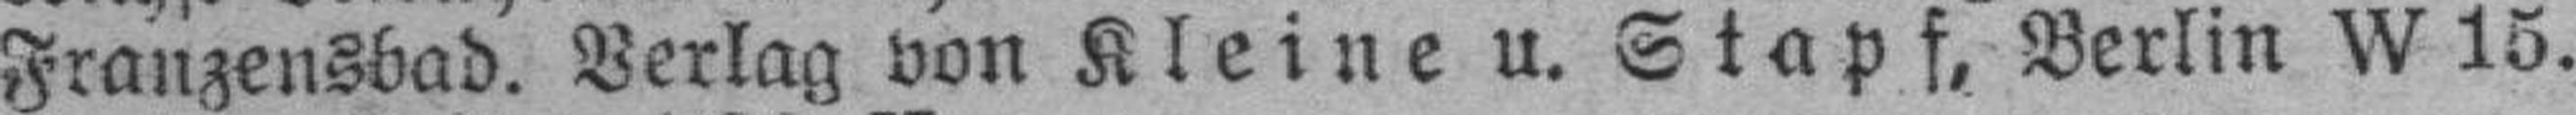
Franzensbad. Verlag von Kleine u. Stapf, Berlin W 15.